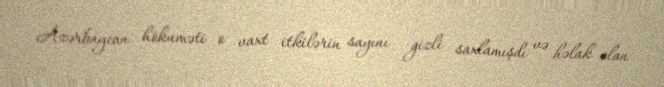
Azərbaycan hökuməti o vaxt itkilərin sayını gizli saxlamışdı və həlak olan